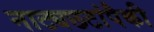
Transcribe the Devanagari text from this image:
नाट्यछटांपैकी